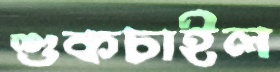
শুকচাইল